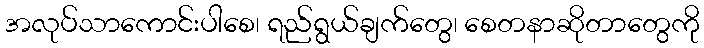
အလုပ်သာကောင်းပါစေ၊ ရည်ရွယ်ချက်တွေ၊ စေတနာဆိုတာတွေကို